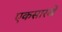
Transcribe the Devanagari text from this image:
एकसारखें